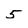
Character: 5